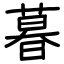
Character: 暮